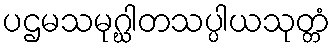
ပဌမသမုဂ္ဃါတသပ္ပါယသုတ္တံ